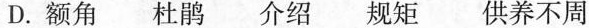
D.额角 杜鹃 介绍 规矩 供养不周